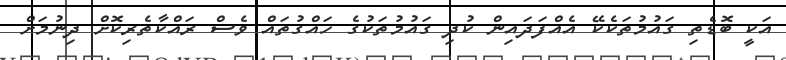
އަކީ ބޮޑެތި ގައުމުތަކެކޭ އެއްފަދައިން ކުދި ގައުމުތަކުގެ ހައްގުތައް ވެސް ރައްކާތެރިކޮށް ދިނުމަށް